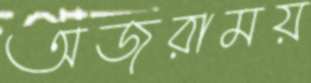
অজরাময়